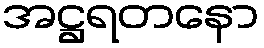
အဋ္ဌရတနော